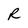
Character: R